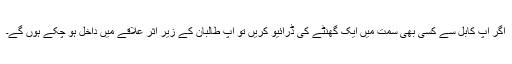
اگر آپ کابل سے کسی بھی سمت میں ایک گھنٹے کی ڈرائیو کریں تو آپ طالبان کے زیر اثر علاقے میں داخل ہو چکے ہوں گے۔